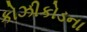
કોઝીકોડના